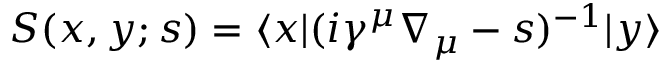
S ( x , y ; s ) = \langle x | ( i \gamma ^ { \mu } \nabla _ { \mu } - s ) ^ { - 1 } | y \rangle